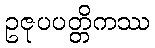
ဥဇုပပတ္တိကဿ